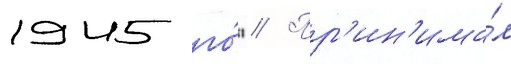
1945 го́д // Пр'ин'има́л